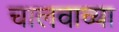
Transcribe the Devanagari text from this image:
चालवाव्या